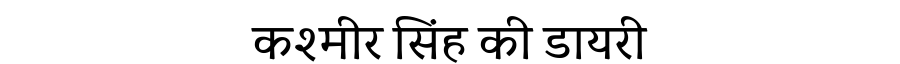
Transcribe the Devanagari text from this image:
कश्मीर सिंह की डायरी